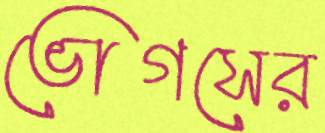
ভোগসের